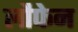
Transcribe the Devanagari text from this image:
लौफेन